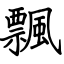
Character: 飄